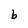
Character: b